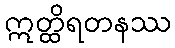
ဣတ္ထိရတနဿ